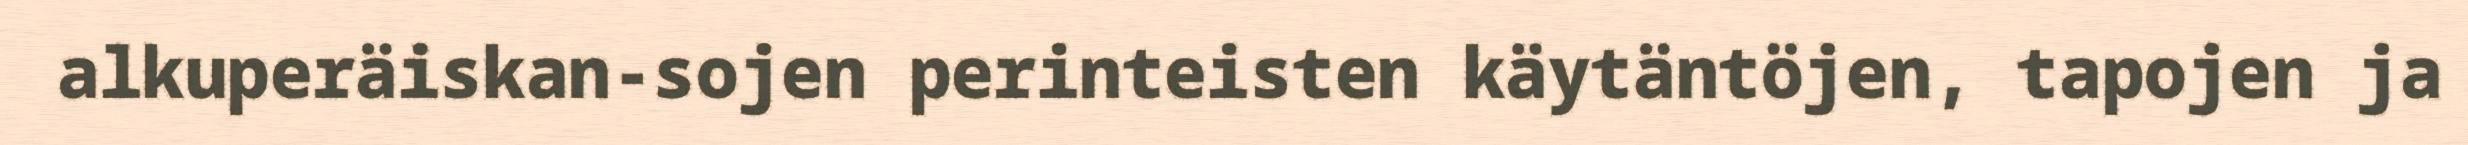
alkuperäiskan-sojen perinteisten käytäntöjen, tapojen ja